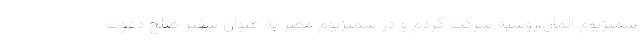
سمپزیوم آلمان،روسیه شرکت کردم و در سمپزیوم مصر به عنوان سفیر صلح دعوت